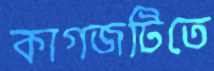
কাগজটিতে